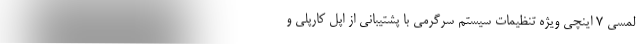
لمسی 7 اینچی ویژه تنظیمات سیستم سرگرمی با پشتیبانی از اپل کارپلی و